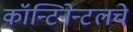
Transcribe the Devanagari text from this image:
कॉन्टिनेन्टलचे